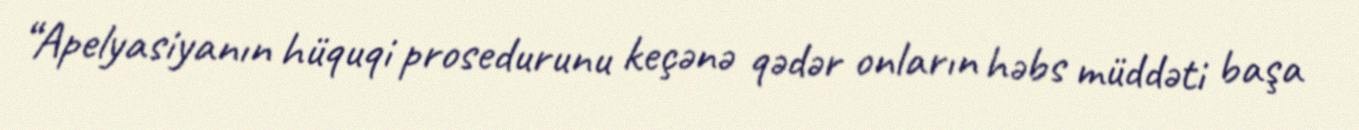
“Apelyasiyanın hüquqi prosedurunu keçənə qədər onların həbs müddəti başa